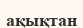
ақықтан